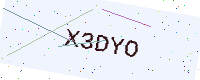
Text: X3DYO